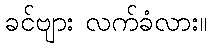
ခင်ဗျား လက်ခံလား။